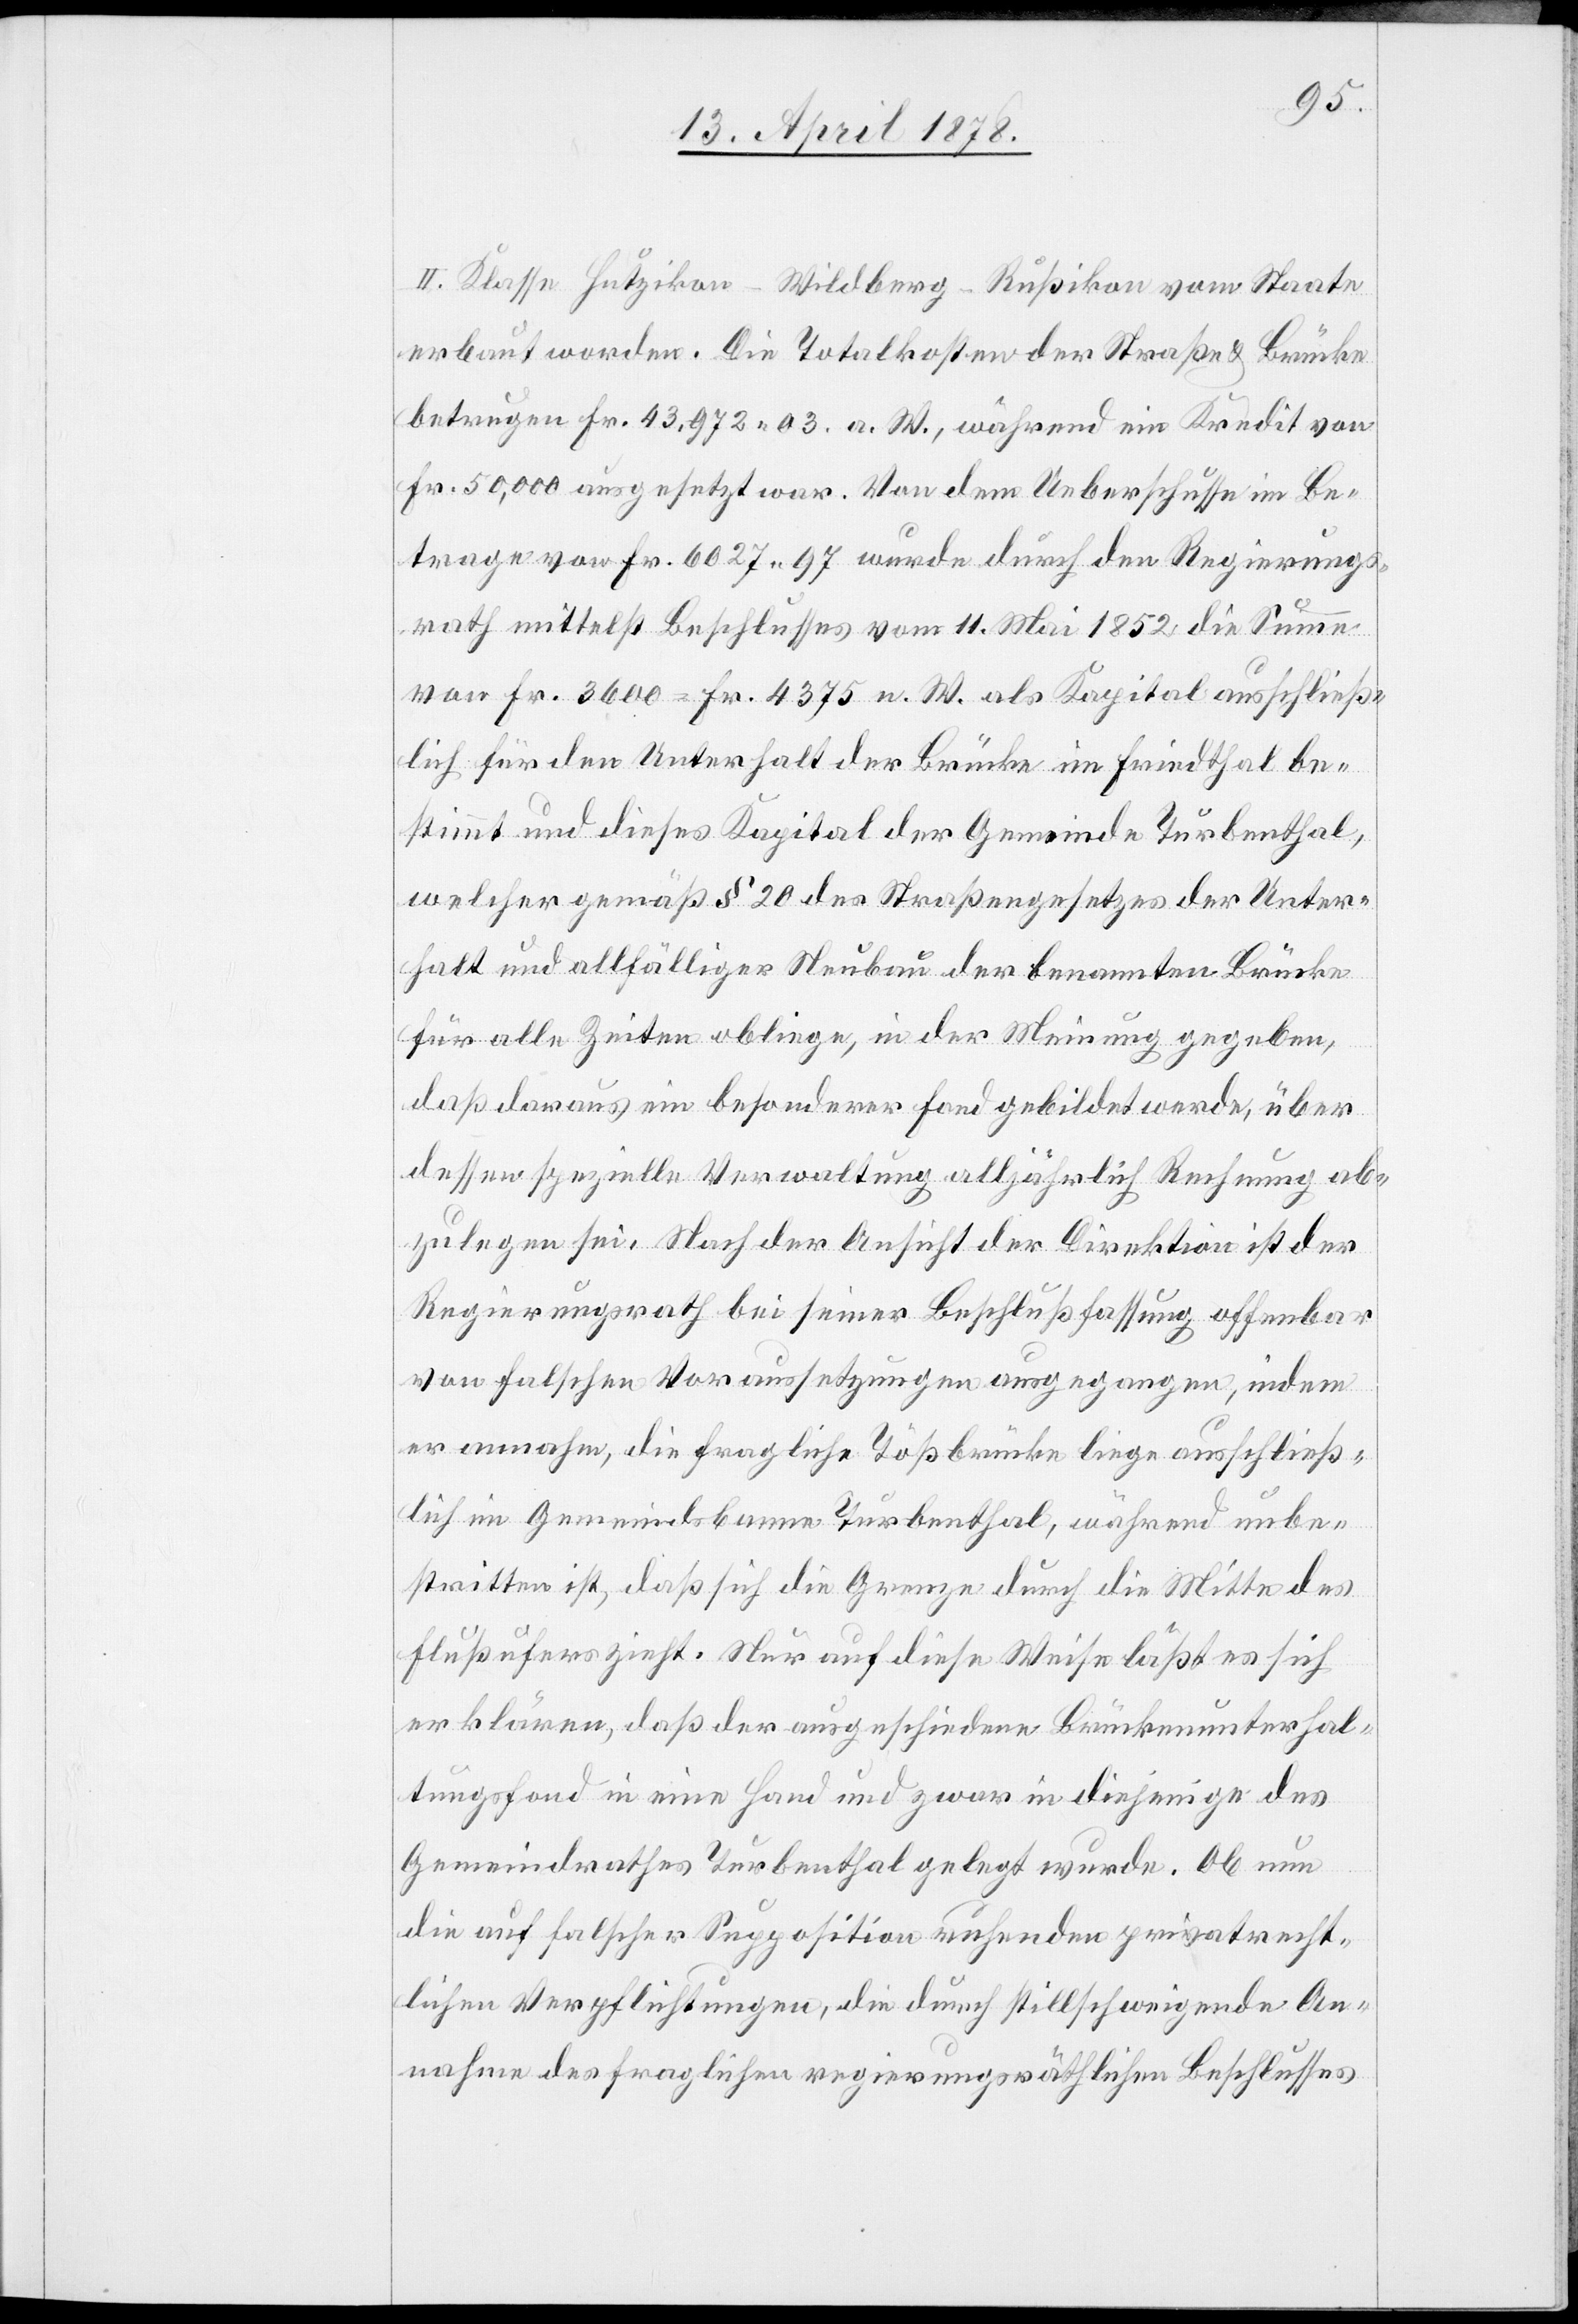
II. Klasse Hutzikon–Wildberg–Rußikon vom Staate
erbaut worden. Die Totalkosten der Straße & Brücke
betrugen Fr. 43,972.03 a. W., während ein Kredit von
Fr. 50,000 ausgesetzt war. Von dem Ueberschusse im Be¬
trage von Fr. 6027.97 wurde durch den Regierungs¬
rath mittelst Beschlusses vom 11. Mai 1852 die Summe
von Fr. 3600 = Fr. 4375 n. W. als Kapital ausschließ¬
lich für den Unterhalt der Brücke im Friedthal be¬
stimmt und dieses Kapital der Gemeinde Turbenthal,
welcher gemäß § 20 des Straßengesetzes der Unter¬
halt und allfälliger Neubau der benannten Brücke
für alle Zeiten obliege, in der Meinung gegeben,
daß daraus ein besonderer Fond gebildet werde, über
dessen spezielle Verwaltung alljährlich Rechnung ab¬
zulegen sei. Nach der Ansicht der Direktion ist der
Regierungsrath bei seiner Beschlussfassung offenbar
von falschen Voraussetzungen ausgegangen, indem
er annahm, die fragliche Tößbrücke liege ausschließ¬
lich im Gemeindebanne Turbenthal, während unbe¬
stritten ist, daß sich die Grenze durch die Mitte des
Flussufers zieht. Nur auf diese Weise läßt es sich
erklären, daß der ausgeschiedene Brückenunterhal¬
tungsfond in eine Hand und zwar in diejenige des
Gemeindrathes Turbenthal gelegt wurde. Ob nun
die auf falscher Supposition ruhenden privatrecht¬
lichen Verpflichtungen, die durch stillschweigende An¬
nahme des fraglichen regierungsräthlichen Beschlusses